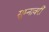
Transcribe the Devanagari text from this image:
सुम्नावरी